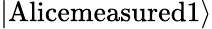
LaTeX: \left|\textrm{Alicemeasured1}\right\rangle